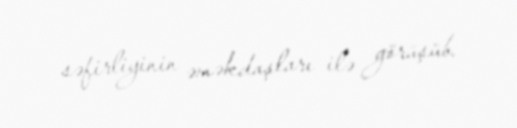
səfirliyinin əməkdaşları ilə görüşüb.